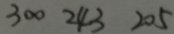
3 0 0 2 4 3 2 0 5